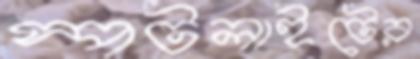
স্পটলাইটের